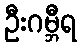
ဦးဂမ္ဘီရ